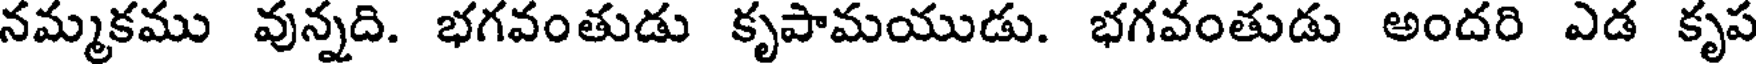
నమ్మకము వున్నది. భగవంతుడు కృపామయుడు. భగవంతుడు అందరి ఎడ కృప